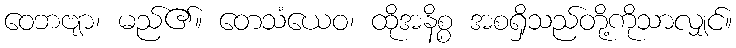
ဝေဘဗျာ၊ မည်၏။ တေသံယေဝ၊ ထိုအနိစ္စ အစရှိသည်တို့ကိုသာလျှင်။